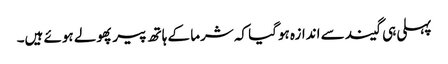
پہلی ہی گیند سے اندازہ ہوگیا کہ شرما کے ہاتھ پیر پھولے ہوئے ہیں۔